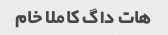
هات داگ کاملا خام